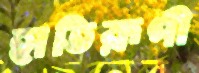
হাতিরূপী